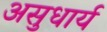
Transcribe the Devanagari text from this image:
असुधार्य